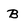
Character: B